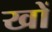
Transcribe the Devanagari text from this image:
खों